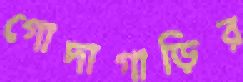
গোদাগাড়ির